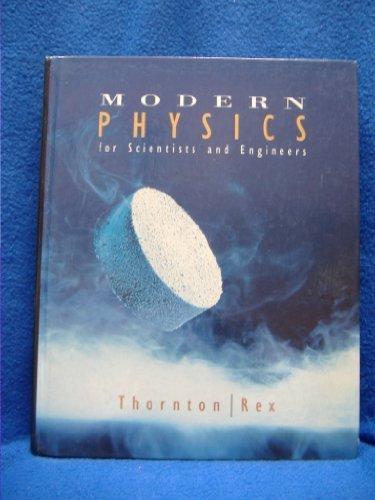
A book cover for MODERN PHYSICS F/SCIENTISTS &ENGINEERS (Saunders Golden Sunburst Series); THORNTON; Science & Math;